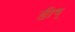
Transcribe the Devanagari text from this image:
ङीष्